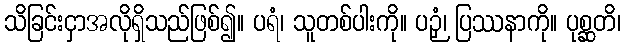
သိခြင်းငှာအလိုရှိသည်ဖြစ်၍။ ပရံ၊ သူတစ်ပါးကို။ ပဉှံ၊ ပြဿနာကို။ ပုစ္ဆတိ၊